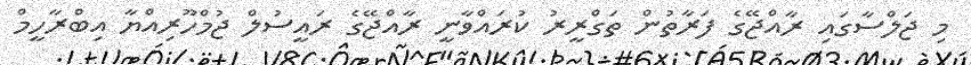
މި ޖަލްސާގައި ރާއްޖޭގެ ފަރާތުން ތަގްރީރު ކުރައްވާނީ ރާއްޖޭގެ ރައީސުލް ޖުމްހޫރިއްޔާ އިބްރާހީމް